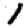
Digit: 1